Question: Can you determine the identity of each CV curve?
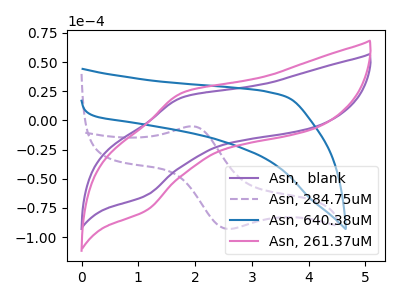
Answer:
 <answer>The purple curve is labeled "Asn,  blank". The purple dashed curve is labeled "Asn, 284.75uM". The blue curve is labeled "Asn, 640.38uM". The pink curve is labeled "Asn, 261.37uM".</answer>
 <eval></eval>